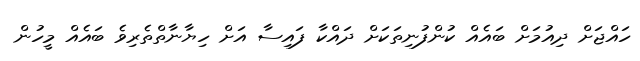
ހައްޖަށް ދިއުމަށް ބައެއް ކުންފުނިތަކަށް ދައްކާ ފައިސާ އަށް ހިޔާނާތްތެރިވެ ބައެއް މީހުން